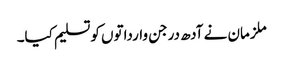
ملزمان نے آدھ درجن وارداتوں کوتسلیم کیا۔